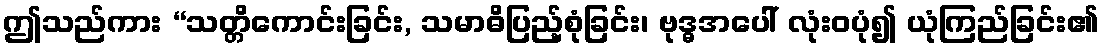
ဤသည်ကား “သတ္တိကောင်းခြင်း, သမာဓိပြည့်စုံခြင်း၊ ဗုဒ္ဓအပေါ် လုံးဝပုံ၍ ယုံကြည်ခြင်း၏